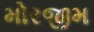
મોરજીમ